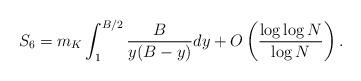
LaTeX: \begin{align*}S_6= m_K\int_{1}^{B/2} \frac{B}{y(B-y)} dy +O\left(\frac{\log \log N}{\log N}\right).\end{align*}